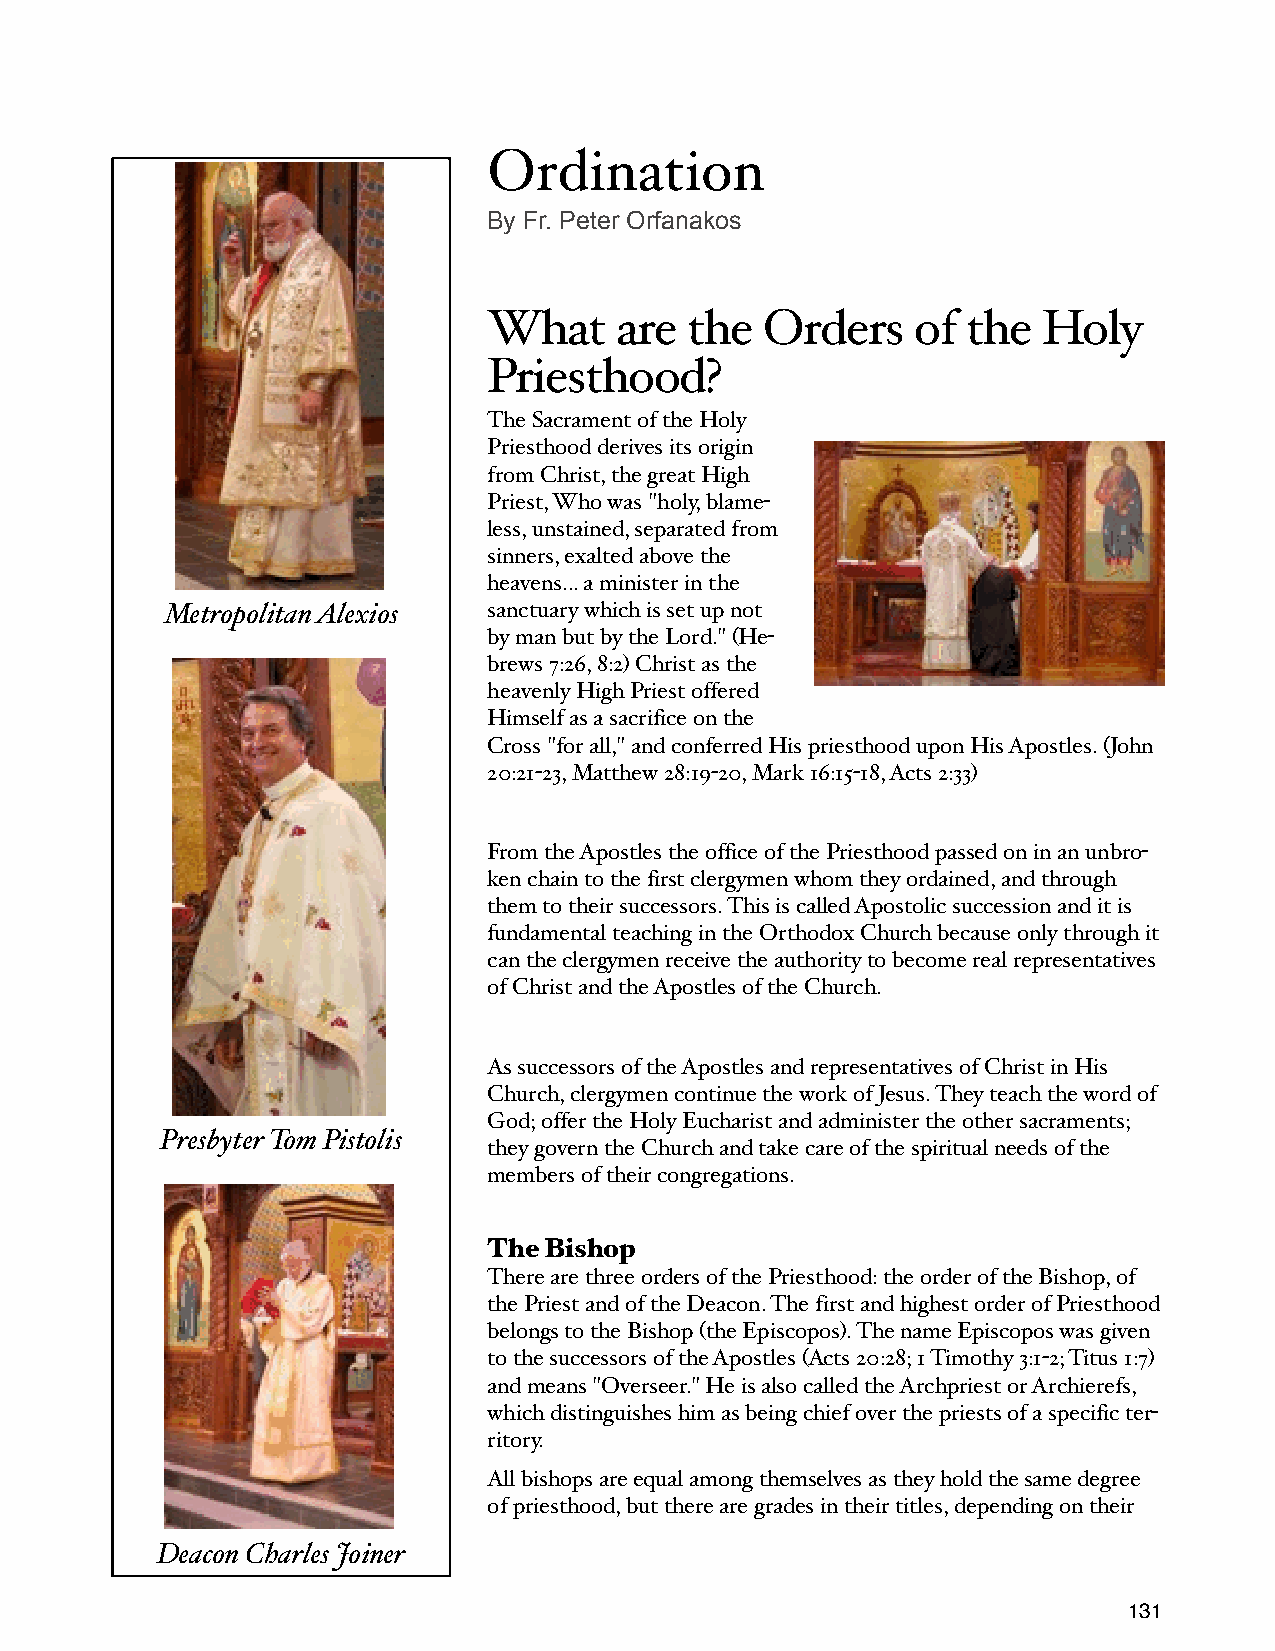
Ordination
 By Fr. Peter Orfanakos
 What     are  the  Orders    of the  Holy
 Priesthood?
 The Sacrament of the Holy
 Priesthood derives its origin
 from Christ, the great High
 Priest, Who was "holy, blame-
 less, unstained, separated from
 sinners, exalted above the
 heavens... a minister in the
 Metropolitan Alexios sanctuary which is set up not
 by man but by the Lord." (He-
 brews 7:26, 8:2) Christ as the
 heavenly High Priest offered
 Himself as a sacrifice on the
 Cross "for all," and conferred His priesthood upon His Apostles. (John
 20:21-23, Matthew 28:19-20, Mark 16:15-18, Acts 2:33)
 From the Apostles the office of the Priesthood passed on in an unbro-
 ken chain to the first clergymen whom they ordained, and through
 them to their successors. This is called Apostolic succession and it is
 fundamental teaching in the Orthodox Church because only through it
 can the clergymen receive the authority to become real representatives
 of Christ and the Apostles of the Church.
 As successors of the Apostles and representatives of Christ in His
 Church, clergymen continue the work of Jesus. They teach the word of
 God; offer the Holy Eucharist and administer the other sacraments;
 Presbyter Tom Pistolis
 they govern the Church and take care of the spiritual needs of the
 members of their congregations.
 The Bishop
 There are three orders of the Priesthood: the order of the Bishop, of
 the Priest and of the Deacon. The first and highest order of Priesthood
 belongs to the Bishop (the Episcopos). The name Episcopos was given
 to the successors of the Apostles (Acts 20:28; 1 Timothy 3:1-2; Titus 1:7)
 and means "Overseer." He is also called the Archpriest or Archierefs,
 which distinguishes him as being chief over the priests of a specific ter-
 ritory.
 All bishops are equal among themselves as they hold the same degree
 of priesthood, but there are grades in their titles, depending on their
 Deacon Charles Joiner
 131